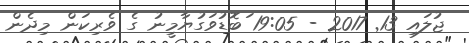
ޖުލައި 13